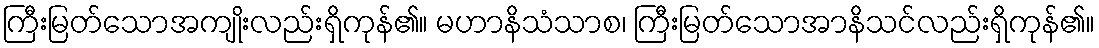
ကြီးမြတ်သောအကျိုးလည်းရှိကုန်၏။ မဟာနိသံသာစ၊ ကြီးမြတ်သောအာနိသင်လည်းရှိကုန်၏။